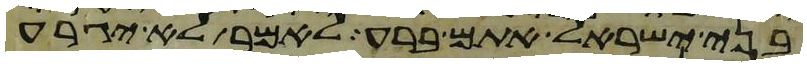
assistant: בני ישראל אתם ברע לאמר לא יגרע